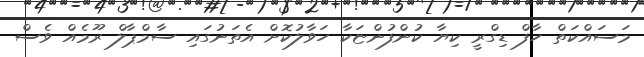
މަސައްކަތް ހާފް ޑިގްރީ ކިޔާ ކުންފުންޏަކާ ހަވާލުކޮށް އެތަނުގައި ސާމްޕާލް ރޫމެއް ވެސް